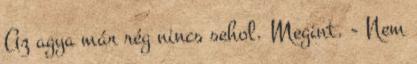
Az agya már rég nincs sehol. Megint. - Nem